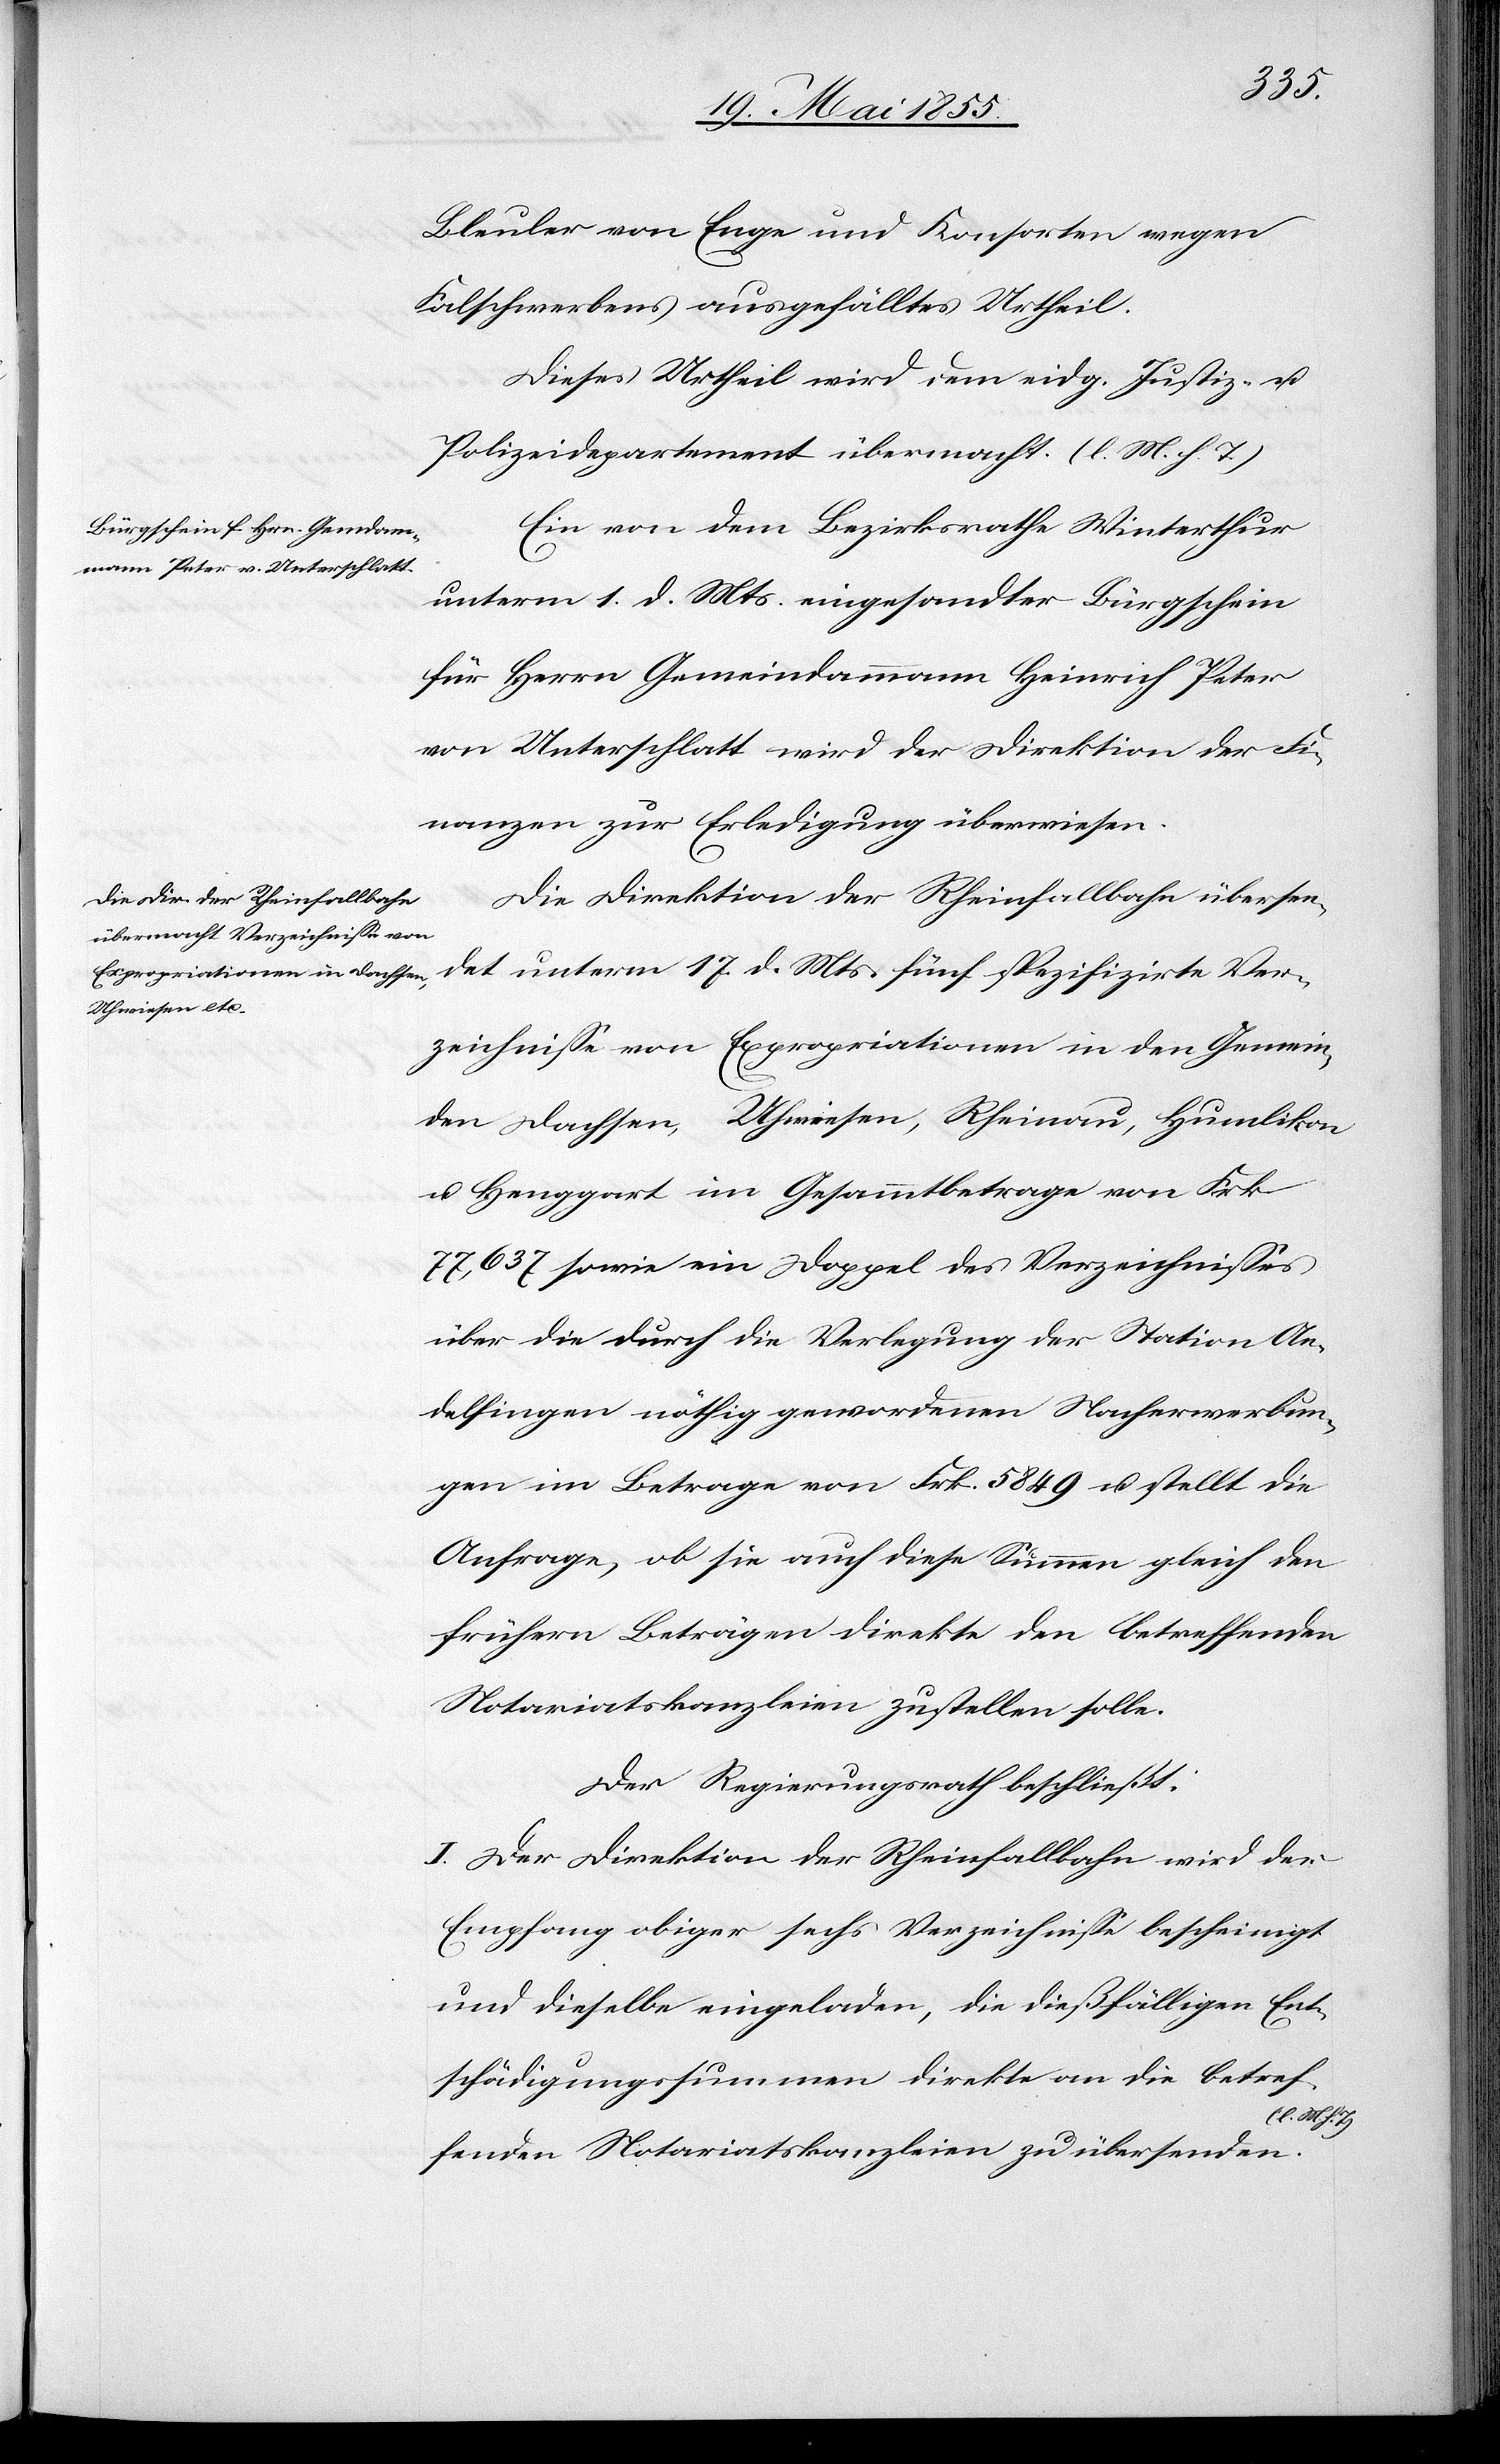
Bleuler von Enge und Konsorten wegen
Falschwerbens ausgefälltes Urtheil.
Dieses Urtheil wird dem eidg. Justiz- u.
Polizeidepartement übermacht. (l. M. h. T.)
Ein von dem Bezirksrathe Winterthur
unterm 1. d. Mts. eingesandter Bürgschein
für Herrn Gemeindammann Heinrich Peter
von Unterschlatt wird der Direktion der Fi¬
nanzen zur Erledigung überwiesen.
Die Direktion der Rheinfallbahn übersen¬
det unterm 17. d. Mts. fünf spezifizirte Ver¬
zeichnisse von Expropriationen in den Gemein¬
den Dachsen, Uhwiesen, Rheinau, Humlikon
u. Henggart im Gesammtbetrage von Frk.
77,637 sowie ein Doppel des Verzeichnisses
über die durch die Verlegung der Station An¬
delfingen nöthig gewordenen Nacherwerbun¬
gen im Betrage von Frk. 5849 u. stellt die
Anfrage, ob sie auch diese Summen gleich den
frühern Beträgen direkte den betreffenden
Notariatskanzleien zustellen solle.
Der Regierungsrath beschließt:
I. Der Direktion der Rheinfallbahn wird der
Empfang obiger sechs Verzeichnisse bescheinigt
und dieselbe eingeladen, die dießfälligen Ent¬
schädigungssummen direkte an die betref¬
fenden Notariatskanzleien zu übersenden.